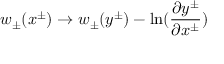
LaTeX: w _ { \pm } ( x ^ { \pm } ) \rightarrow w _ { \pm } ( y ^ { \pm } ) - \ln ( { \frac { \partial y ^ { \pm } } { \partial x ^ { \pm } } } )